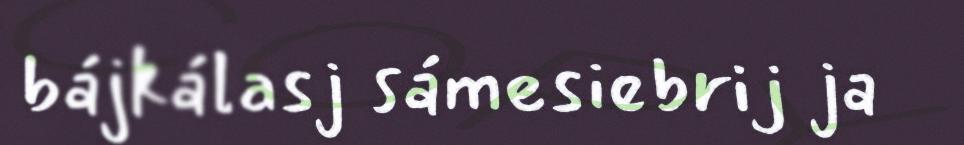
bájkálasj sámesiebrij ja